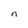
Character: n